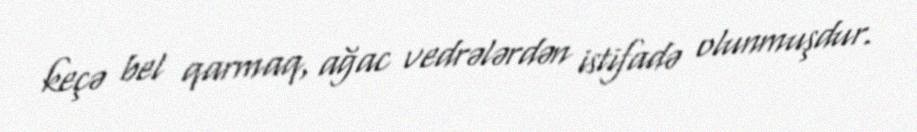
keçə bel qarmaq, ağac vedrələrdən istifadə olunmuşdur.